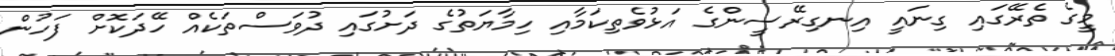
މީގެ ތެރޭގައި ގިނައީ އިނގިރޭސީންގެ އަޅުވެތިކަމާއި ހިމާޔަތުގެ ދަށުގައި ދުވަސްތަކެއް ހޭދަކޮށް ފަހުން